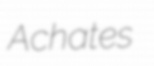
Achates